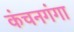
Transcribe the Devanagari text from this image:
कंचनगंगा